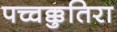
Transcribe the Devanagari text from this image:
पच्चक्कुतिरा